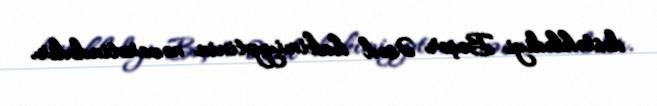
dəstəklədiyi Bəşər Əsəd hakimiyyətinin nəzarətindədir.